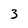
Character: 3